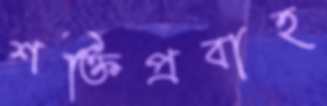
শক্তিপ্রবাহ